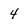
Character: 4